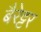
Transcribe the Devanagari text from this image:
बैरेट्टर